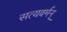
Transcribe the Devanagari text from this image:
सत्यवर्मन्